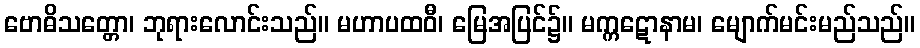
ဗောဓိသတ္တော၊ ဘုရားလောင်းသည်။ မဟာပထဝီ၊ မြေအပြင်၌။ မက္ကဋောနာမ၊ မျောက်မင်းမည်သည်။